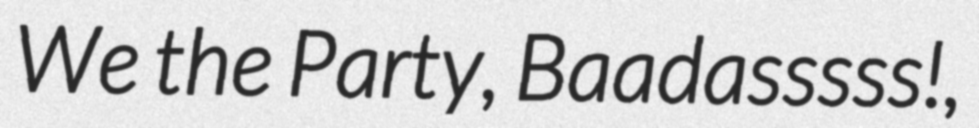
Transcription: We the Party, Baadasssss!,